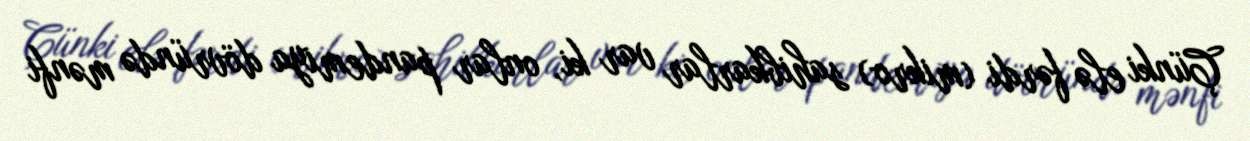
Çünki elə fərdi (mikro) sahibkarlar var ki, onlar pandemiya dövründə mənfi